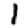
Digit: 1